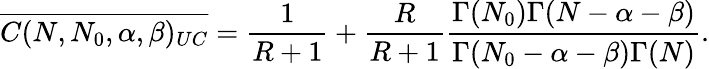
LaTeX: \overline{{C(N,N_{0},\alpha,\beta)_{UC}}}=\frac{1}{R+1}+\frac{R}{R+1}\frac{\Gamma(N_{0})\Gamma(N-\alpha-\beta)}{\Gamma(N_{0}-\alpha-\beta)\Gamma(N)}.